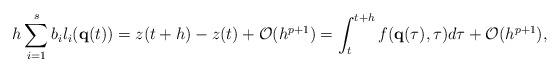
LaTeX: \begin{align*}h\sum_{i=1}^s b_i l_i(\textbf{q}(t))=z(t+h)-z(t)+\mathcal{O}(h^{p+1}) = \int_t^{t+h} f(\textbf{q}(\tau),\tau) d\tau +\mathcal{O}(h^{p+1}),\end{align*}